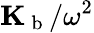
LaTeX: \mathbf{K}_{\mathrm{~b~}}/\omega^{2}